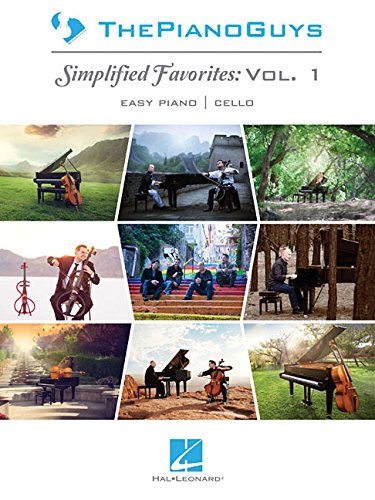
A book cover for The Piano Guys - Simplified Favorites, Vol. 1: Easy Piano Arrangements with Optional Cello Parts; The Piano Guys; Humor & Entertainment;